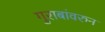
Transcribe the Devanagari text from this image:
गुराबांवरुन